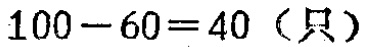
\(100 - 60 = 40 \text{（只）}\)